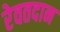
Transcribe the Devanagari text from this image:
रेवतदान